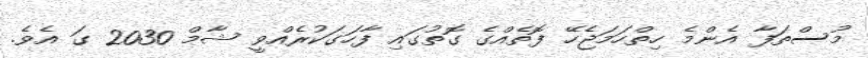
މުސްތަފާ އެންމެ ހިތްހަމަޖެހޭ ފޮތެއްގެ ގޮތުގައި ފާހަގަކުރެއްވީ ޝާމް 2030 ގަ އެވެ.